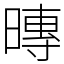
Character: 暷